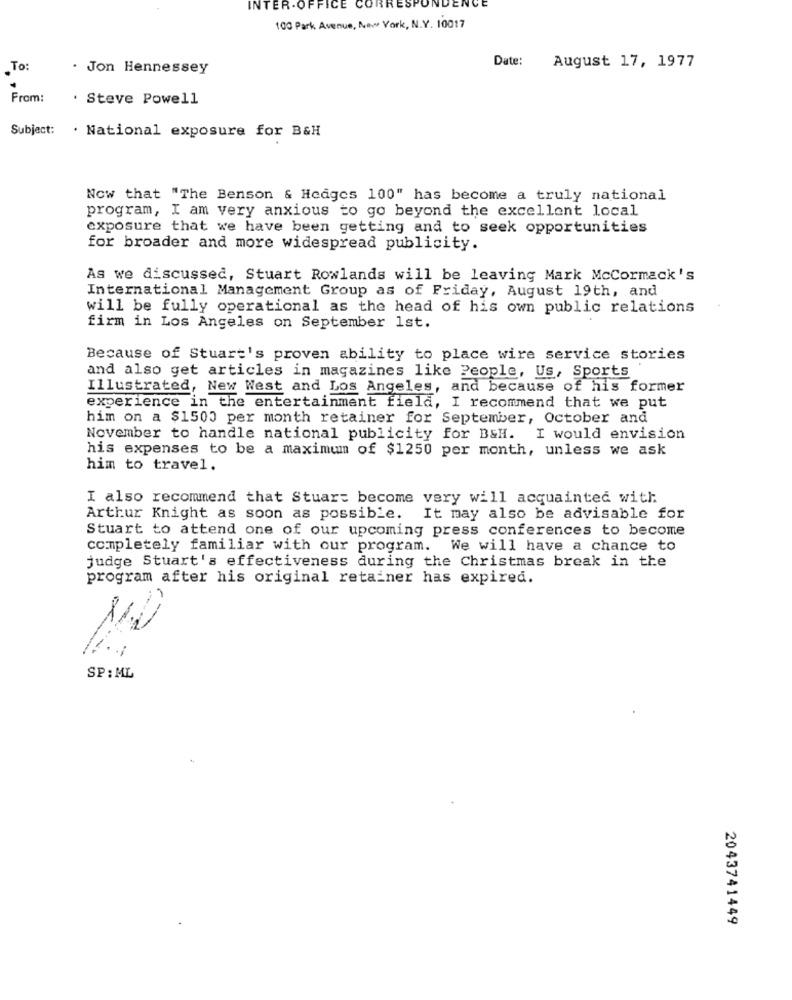
JEN
INTER-OFFICE CORRESPON
100 Park Avenue, New York, N.Y. 10017
Date:
To:
. Jon Hennessey
August 17, 1977
From:
. Steve Powell
Subject:
. National exposure for B&H
Now that "The Benson & Hedges 100" has become a truly national
program, I am very anxious to go beyond the excellent local
exposure that we have been getting and to seek opportunities
for broader and more widespread publicity.
As we discussed, Stuart Rowlands will be leaving Mark McCormack's
International Management Group as of Friday, August 19th, and
will be fully operational as the head of his own public relations
firm in Los Angeles on September 1st.
Because of Stuart's proven ability to place wire service stories
and also get articles in magazines like People, Us, Sports
Illustrated, New West and Los Angeles, and because of his former
experience in the entertainment field, I recommend that we put
him on a $1500 per month retainer for September, October and
November to handle national publicity for B&H. I would envision
his expenses to be a maximum of $1250 per month, unless we ask
him to travel.
I also recommend that Stuart become very will acquainted with
Arthur Knight as soon as possible. It may also be advisable for
Stuart to attend one of our upcoming press conferences to become
completely familiar with our program. We will have a chance to
judge Stuart's effectiveness during the Christmas break in the
program after his original retainer has expired.
SP: ML
2043741449